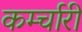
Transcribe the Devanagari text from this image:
कर्म्चारी